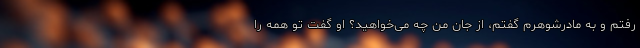
رفتم و به مادرشوهرم گفتم، از جان من چه می‌خواهید؟ او گفت تو همه را